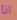
اذا